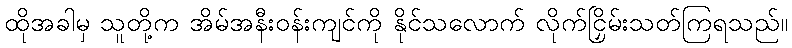
ထိုအခါမှ သူတို့က အိမ်အနီးဝန်းကျင်ကို နိုင်သလောက် လိုက်ငြှိမ်းသတ်ကြရသည်။